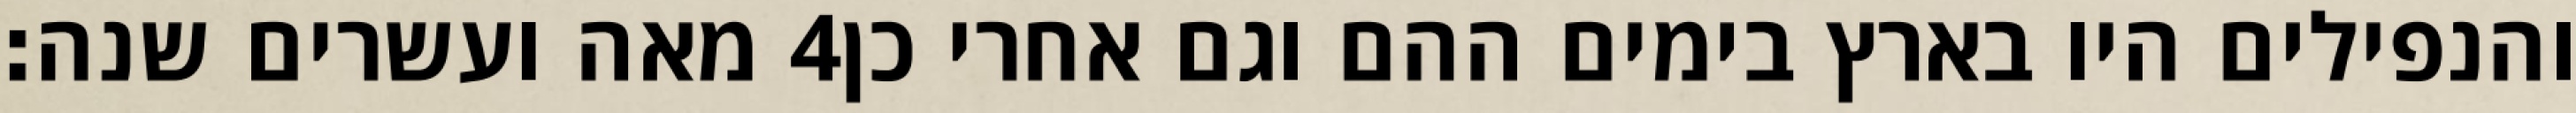
מאה ועשרים שנה׃ ‎4‏ והנפילים היו בארץ בימים ההם וגם אחרי כן